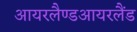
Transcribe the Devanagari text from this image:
आयरलैण्डआयरलैंड